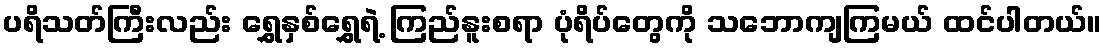
ပရိသတ်ကြီးလည်း ရွှေနှစ်ရွှေရဲ့ ကြည်နူးစရာ ပုံရိပ်တွေကို သဘောကျကြမယ် ထင်ပါတယ်။